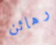
رهائن